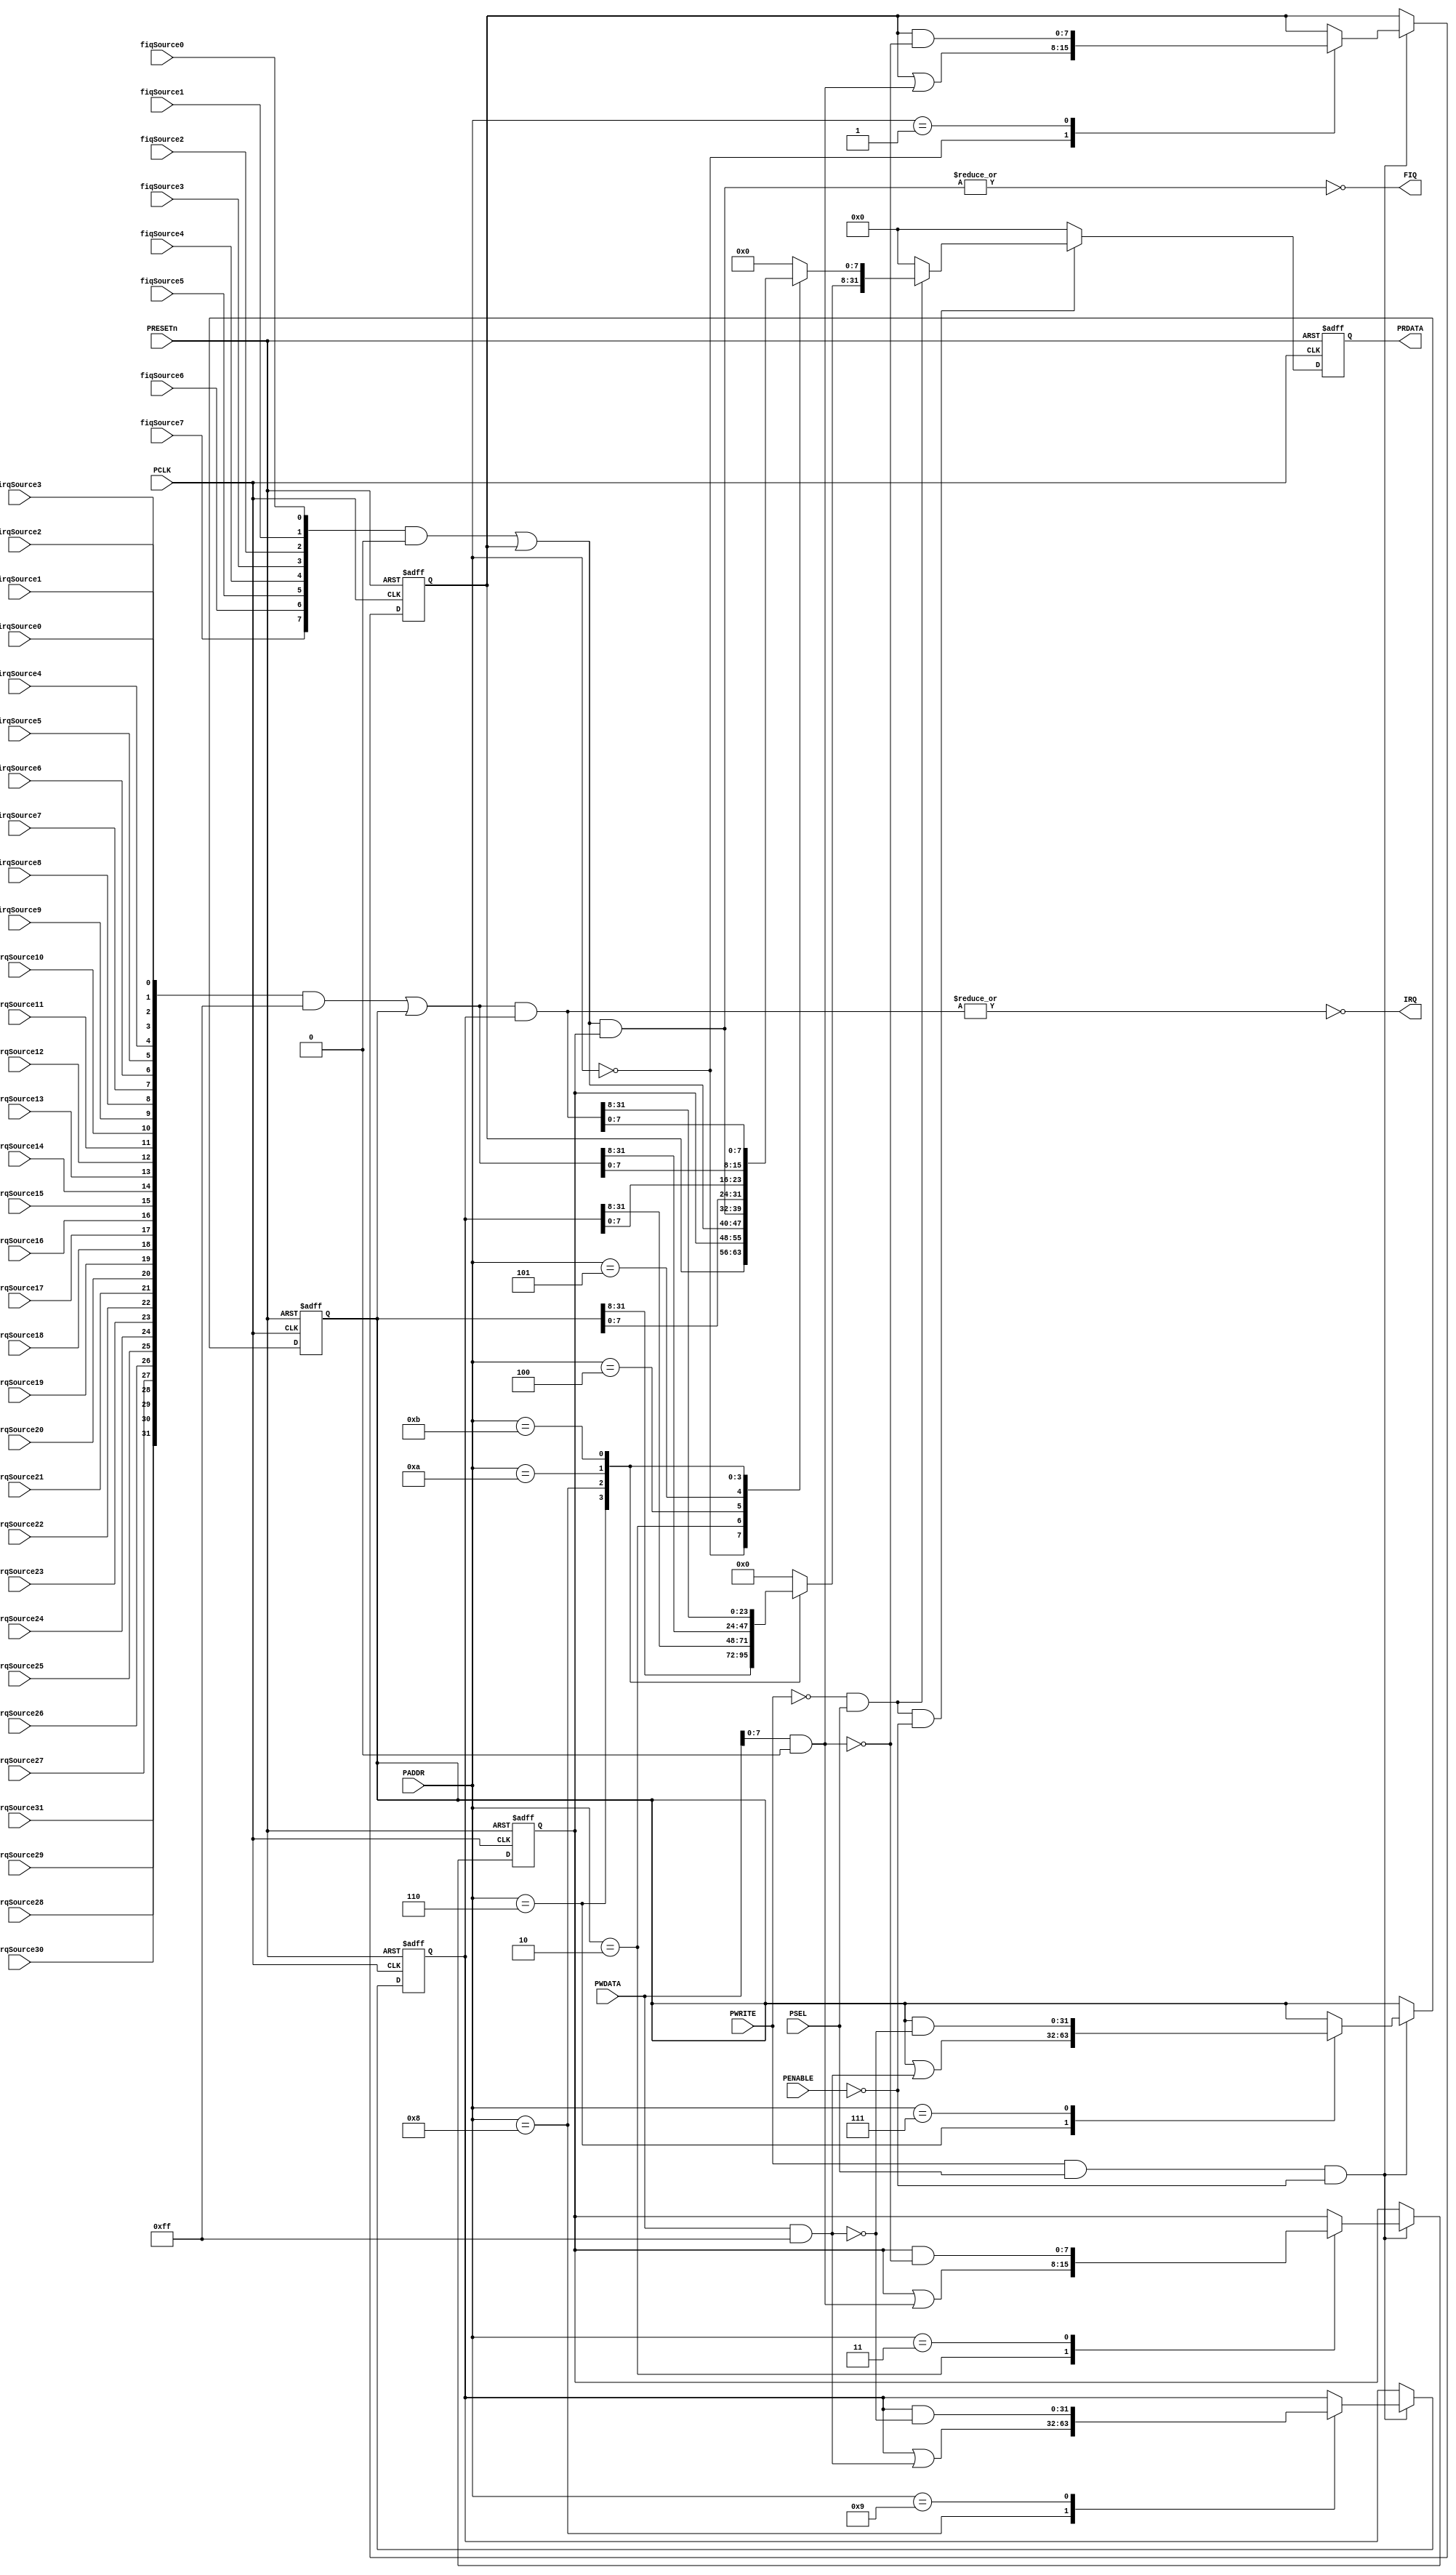
//============================================================================
//
//  CoreInterrupt
//
//  Copyright 2006 by ACTEL
//  The information contained in this document is subject to licensing
//  restrictions from Actel Corp. If you are not in possession of written
//  authorization from Actel for use of this file, then the file should be
//  immediately destroyed and no back-up of the file should be made.
//
//============================================================================

`timescale 1ns/1ps

module CoreInterrupt (
    PCLK,
    PRESETn,
    PENABLE,
    PSEL,
    PADDR,
    PWRITE,
    PWDATA,
    PRDATA,
    fiqSource7,
    fiqSource6,
    fiqSource5,
    fiqSource4,
    fiqSource3,
    fiqSource2,
    fiqSource1,
    fiqSource0,
    irqSource31,
    irqSource30,
    irqSource29,
    irqSource28,
    irqSource27,
    irqSource26,
    irqSource25,
    irqSource24,
    irqSource23,
    irqSource22,
    irqSource21,
    irqSource20,
    irqSource19,
    irqSource18,
    irqSource17,
    irqSource16,
    irqSource15,
    irqSource14,
    irqSource13,
    irqSource12,
    irqSource11,
    irqSource10,
    irqSource9,
    irqSource8,
    irqSource7,
    irqSource6,
    irqSource5,
    irqSource4,
    irqSource3,
    irqSource2,
    irqSource1,
    irqSource0,
    IRQ,
    FIQ
    );

    // Register addresses
    `define FIQSOFTA        4'h0
    `define FIQSOFTCLEARA   4'h1
    `define FIQENABLEA      4'h2
    `define FIQENCLEARA     4'h3
    `define FIQRAWSTATUSA   4'h4
    `define FIQSTATUSA      4'h5
    `define IRQSOFTA        4'h6
    `define IRQSOFTCLEARA   4'h7
    `define IRQENABLEA      4'h8
    `define IRQENCLEARA     4'h9
    `define IRQRAWSTATUSA   4'ha
    `define IRQSTATUSA      4'hb

    parameter NUMIRQSRC = 8;    // Number of IRQ source inputs. Range 0 to 32.
    parameter NUMFIQSRC = 0;    // Number of FIQ source inputs. Range 0 to 8.

    // IRQPOLARITY determines polarity of IRQ output
    //      1 = active high
    //      0 = active low
    parameter IRQPOLARITY = 0;
    // FIQPOLARITY determines polarity of FIQ output
    //      1 = active high
    //      0 = active low
    parameter FIQPOLARITY = 0;

    //-----------------------------------------------------------------------------
    // Pin Declarations
    //-----------------------------------------------------------------------------
    input               PCLK;       // APB clock
    input               PRESETn;    // APB reset
    input               PENABLE;    // APB enable
    input               PSEL;       // APB select
    input        [5:2]  PADDR;      // APB address bus
    input               PWRITE;     // APB write
    input       [31:0]  PWDATA;     // APB write data
    output      [31:0]  PRDATA;     // APB read data

    input               fiqSource7;
    input               fiqSource6;
    input               fiqSource5;
    input               fiqSource4;
    input               fiqSource3;
    input               fiqSource2;
    input               fiqSource1;
    input               fiqSource0;
    input               irqSource31;
    input               irqSource30;
    input               irqSource29;
    input               irqSource28;
    input               irqSource27;
    input               irqSource26;
    input               irqSource25;
    input               irqSource24;
    input               irqSource23;
    input               irqSource22;
    input               irqSource21;
    input               irqSource20;
    input               irqSource19;
    input               irqSource18;
    input               irqSource17;
    input               irqSource16;
    input               irqSource15;
    input               irqSource14;
    input               irqSource13;
    input               irqSource12;
    input               irqSource11;
    input               irqSource10;
    input               irqSource9;
    input               irqSource8;
    input               irqSource7;
    input               irqSource6;
    input               irqSource5;
    input               irqSource4;
    input               irqSource3;
    input               irqSource2;
    input               irqSource1;
    input               irqSource0;

    output              IRQ;        // Interrupt request
    output              FIQ;        // Fast interrupt request

    //-----------------------------------------------------------------------------
    // Signal Declarations
    //-----------------------------------------------------------------------------

    wire                PCLK;
    wire                PRESETn;
    wire                PENABLE;
    wire                PSEL;
    wire         [5:2]  PADDR;
    wire                PWRITE;
    wire        [31:0]  PWDATA;
    wire        [31:0]  PRDATA;
    wire         [7:0]  fiqSource;
    wire        [31:0]  irqSource;
    wire                IRQ;
    wire                FIQ;

    wire        [31:0]  PrdataNext;
    reg         [31:0]  iPRDATA;
    wire                PrdataNextEn;
    reg         [31:0]  DataOut;

    wire         [7:0]  fiqConfigMask;
    wire        [31:0]  irqConfigMask;

    wire                writeEn;

    wire         [7:0]  iFiqSource;
    wire         [7:0]  fiqRawStatus;
    wire         [7:0]  fiqStatus;
    reg          [7:0]  fiqSoft;
    reg          [7:0]  fiqEnable;

    wire        [31:0]  iIrqSource;
    wire        [31:0]  irqRawStatus;
    wire        [31:0]  irqStatus;
    reg         [31:0]  irqSoft;
    reg         [31:0]  irqEnable;

    wire         [7:0]  iFiqPwdata;
    wire        [31:0]  iIrqPwdata;

    //------------------------------------------------------------------------------
    // Beginning of main code
    //------------------------------------------------------------------------------

    // Consolidate FIQ sources into a single 8 bit signal
    assign fiqSource = {fiqSource7,
                        fiqSource6,
                        fiqSource5,
                        fiqSource4,
                        fiqSource3,
                        fiqSource2,
                        fiqSource1,
                        fiqSource0};

    // Consolidate IRQ sources into a single 32 bit signal
    assign irqSource = {irqSource31,
                        irqSource30,
                        irqSource29,
                        irqSource28,
                        irqSource27,
                        irqSource26,
                        irqSource25,
                        irqSource24,
                        irqSource23,
                        irqSource22,
                        irqSource21,
                        irqSource20,
                        irqSource19,
                        irqSource18,
                        irqSource17,
                        irqSource16,
                        irqSource15,
                        irqSource14,
                        irqSource13,
                        irqSource12,
                        irqSource11,
                        irqSource10,
                        irqSource9,
                        irqSource8,
                        irqSource7,
                        irqSource6,
                        irqSource5,
                        irqSource4,
                        irqSource3,
                        irqSource2,
                        irqSource1,
                        irqSource0};

    // APB write enable
    assign writeEn  = (PWRITE && PSEL && !PENABLE);

    //------------------------------------------------------------------------------
    // Configuration based on number of IRQ and FIQ sources
    //------------------------------------------------------------------------------

    // IRQ related configuration
    assign irqConfigMask =  (NUMIRQSRC == 32) ? 32'hffffffff :
                            (NUMIRQSRC == 31) ? 32'h7fffffff :
                            (NUMIRQSRC == 30) ? 32'h3fffffff :
                            (NUMIRQSRC == 29) ? 32'h1fffffff :
                            (NUMIRQSRC == 28) ? 32'h0fffffff :
                            (NUMIRQSRC == 27) ? 32'h07ffffff :
                            (NUMIRQSRC == 26) ? 32'h03ffffff :
                            (NUMIRQSRC == 25) ? 32'h01ffffff :
                            (NUMIRQSRC == 24) ? 32'h00ffffff :
                            (NUMIRQSRC == 23) ? 32'h007fffff :
                            (NUMIRQSRC == 22) ? 32'h003fffff :
                            (NUMIRQSRC == 21) ? 32'h001fffff :
                            (NUMIRQSRC == 20) ? 32'h000fffff :
                            (NUMIRQSRC == 19) ? 32'h0007ffff :
                            (NUMIRQSRC == 18) ? 32'h0003ffff :
                            (NUMIRQSRC == 17) ? 32'h0001ffff :
                            (NUMIRQSRC == 16) ? 32'h0000ffff :
                            (NUMIRQSRC == 15) ? 32'h00007fff :
                            (NUMIRQSRC == 14) ? 32'h00003fff :
                            (NUMIRQSRC == 13) ? 32'h00001fff :
                            (NUMIRQSRC == 12) ? 32'h00000fff :
                            (NUMIRQSRC == 11) ? 32'h000007ff :
                            (NUMIRQSRC == 10) ? 32'h000003ff :
                            (NUMIRQSRC ==  9) ? 32'h000001ff :
                            (NUMIRQSRC ==  8) ? 32'h000000ff :
                            (NUMIRQSRC ==  7) ? 32'h0000007f :
                            (NUMIRQSRC ==  6) ? 32'h0000003f :
                            (NUMIRQSRC ==  5) ? 32'h0000001f :
                            (NUMIRQSRC ==  4) ? 32'h0000000f :
                            (NUMIRQSRC ==  3) ? 32'h00000007 :
                            (NUMIRQSRC ==  2) ? 32'h00000003 :
                            (NUMIRQSRC ==  1) ? 32'h00000001 :
                            (NUMIRQSRC ==  0) ? 32'h00000000 :
                                                32'h00000000;

    assign iIrqSource = irqSource & irqConfigMask;
    assign iIrqPwdata = PWDATA & irqConfigMask;

    // FIQ related configuration
    assign fiqConfigMask =  (NUMFIQSRC == 8) ? 8'hff :
                            (NUMFIQSRC == 7) ? 8'h7f :
                            (NUMFIQSRC == 6) ? 8'h3f :
                            (NUMFIQSRC == 5) ? 8'h1f :
                            (NUMFIQSRC == 4) ? 8'h0f :
                            (NUMFIQSRC == 3) ? 8'h07 :
                            (NUMFIQSRC == 2) ? 8'h03 :
                            (NUMFIQSRC == 1) ? 8'h01 :
                            (NUMFIQSRC == 0) ? 8'h00 :
                                               8'h00;

    assign iFiqSource = fiqSource & fiqConfigMask;
    assign iFiqPwdata = PWDATA[7:0] & fiqConfigMask;

    //------------------------------------------------------------------------------
    // FIQ
    //------------------------------------------------------------------------------
    assign fiqRawStatus = iFiqSource | fiqSoft;
    assign fiqStatus = fiqRawStatus & fiqEnable;

    assign FIQ = (FIQPOLARITY == 1) ? |(fiqStatus) : !(|(fiqStatus));

    //------------------------------------------------------------------------------
    // IRQ
    //------------------------------------------------------------------------------
    assign irqRawStatus = iIrqSource | irqSoft;
    assign irqStatus = irqRawStatus & irqEnable;

    assign IRQ = (IRQPOLARITY == 1) ? |(irqStatus) : !(|(irqStatus));

    //------------------------------------------------------------------------------
    // FIQ soft interrupt register
    //------------------------------------------------------------------------------
    always @(negedge PRESETn or posedge PCLK)
    begin
        if (!PRESETn)
            fiqSoft <= {8{1'b0}};
        else
            if (writeEn)
                case (PADDR)
                    `FIQSOFTA      : fiqSoft <= (fiqSoft | iFiqPwdata);  // set
                    `FIQSOFTCLEARA : fiqSoft <= (fiqSoft & ~iFiqPwdata); // clear
                    default        : fiqSoft <= fiqSoft;
                endcase
    end

    //------------------------------------------------------------------------------
    // FIQ enable register
    //------------------------------------------------------------------------------
    always @(negedge PRESETn or posedge PCLK)
    begin
        if (!PRESETn)
            fiqEnable <= {8{1'b0}};
        else
            if (writeEn)
                case (PADDR)
                    `FIQENABLEA  : fiqEnable <= (fiqEnable | iFiqPwdata);  // set
                    `FIQENCLEARA : fiqEnable <= (fiqEnable & ~iFiqPwdata); // clear
                    default      : fiqEnable <= fiqEnable;
                endcase
    end

    //------------------------------------------------------------------------------
    // IRQ soft interrupt register
    //------------------------------------------------------------------------------
    always @(negedge PRESETn or posedge PCLK)
    begin
        if (!PRESETn)
            irqSoft <= {32{1'b0}};
        else
            if (writeEn)
                case (PADDR)
                    `IRQSOFTA      : irqSoft <= (irqSoft | iIrqPwdata);  // set
                    `IRQSOFTCLEARA : irqSoft <= (irqSoft & ~iIrqPwdata); // clear
                    default        : irqSoft <= irqSoft;
                endcase
    end

    //------------------------------------------------------------------------------
    // IRQ enable register
    //------------------------------------------------------------------------------
    always @(negedge PRESETn or posedge PCLK)
    begin
        if (!PRESETn)
            irqEnable <= {32{1'b0}};
        else
            if (writeEn)
                case (PADDR)
                    `IRQENABLEA  : irqEnable <= (irqEnable | iIrqPwdata);  // set
                    `IRQENCLEARA : irqEnable <= (irqEnable & ~iIrqPwdata); // clear
                    default      : irqEnable <= irqEnable;
                endcase
    end

    //------------------------------------------------------------------------------
    // Output data generation
    //------------------------------------------------------------------------------
    // Zero data is used as padding for register reads

    always @(PSEL or PWRITE or PADDR
             or fiqSoft or fiqEnable or fiqRawStatus or fiqStatus
             or irqSoft or irqEnable or irqRawStatus or irqStatus
            )
    begin : p_DataOutComb
        DataOut = {32{1'b0}}; // Drive zeros by default
        if (!PWRITE && PSEL)
            case (PADDR)
                `FIQSOFTA :         DataOut[ 7:0] = fiqSoft;
                `FIQENABLEA :       DataOut[ 7:0] = fiqEnable;
                `FIQRAWSTATUSA :    DataOut[ 7:0] = fiqRawStatus;
                `FIQSTATUSA :       DataOut[ 7:0] = fiqStatus;
                `IRQSOFTA :         DataOut[31:0] = irqSoft;
                `IRQENABLEA :       DataOut[31:0] = irqEnable;
                `IRQRAWSTATUSA :    DataOut[31:0] = irqRawStatus;
                `IRQSTATUSA :       DataOut[31:0] = irqStatus;
                default:            DataOut[31:0] = {32{1'b0}};
            endcase
        else
            DataOut = {32{1'b0}};
    end

    // Enable for output data.
    assign PrdataNextEn = (PSEL && !PWRITE && !PENABLE);

    assign PrdataNext = (PrdataNextEn) ? DataOut : {32{1'b0}};

    // Register used to reduce output delay during reads.
    always @ (negedge PRESETn or posedge PCLK)
    begin : p_iPRDATASeq
        if (!PRESETn)
            iPRDATA <= {32{1'b0}};
        else
            iPRDATA <= PrdataNext;
    end

    // Drive output with internal version.
    assign PRDATA = iPRDATA;

endmodule

// --================================= End ===================================--